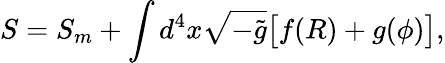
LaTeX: S=S_{m}+\int d^{4}x\sqrt{-\tilde{g}}\big[f(R)+g(\phi)\big],